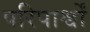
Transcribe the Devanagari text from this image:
परिपार्श्वों